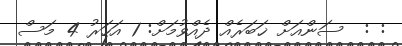
: :  ސަންއަށް ޚަބަރެއް ދެއްވުމަށް: 1 އަހަރު 4 މަސް